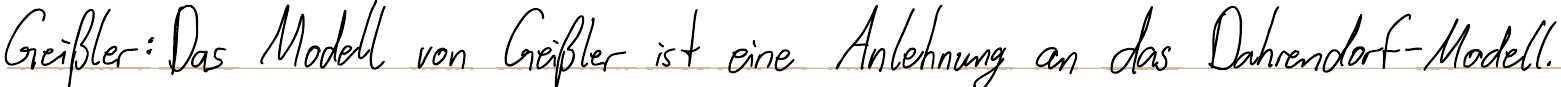
Geißler: Das Modell von Geißler ist eine Anlehnung an das Dahrendorf-Modell.